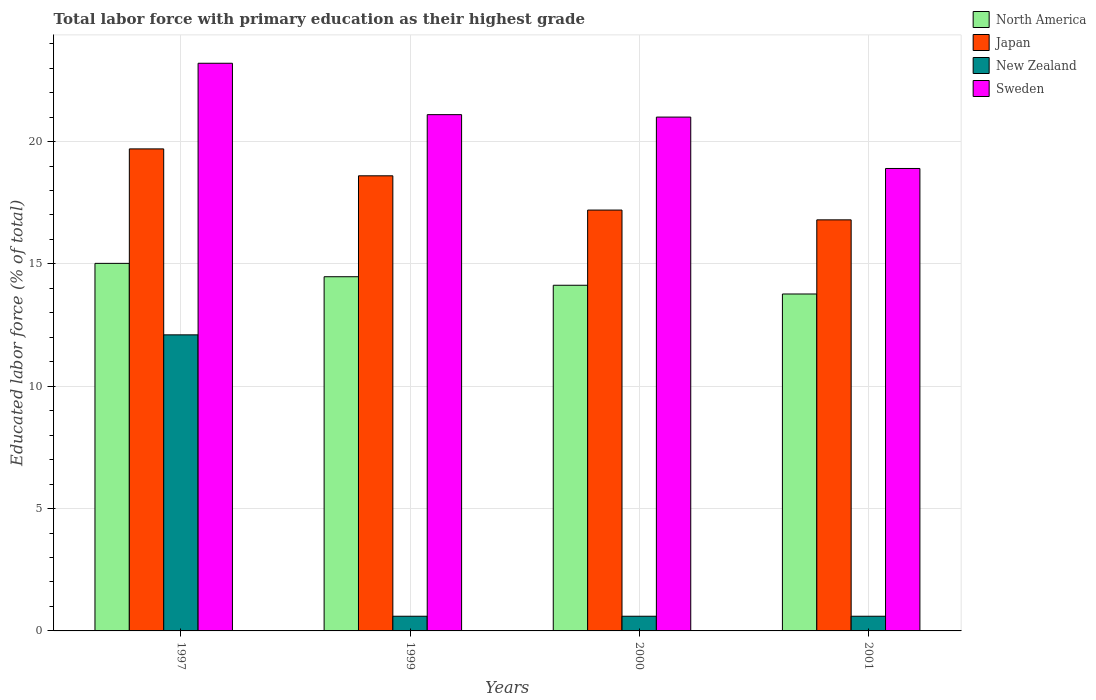
| Years | North America | Japan | New Zealand | Sweden |
 | --- | --- | --- | --- | --- |
 | 1997 | 15 | 19.7 | 12.1 | 23.2 |
 | 1999 | 14.5 | 18.6 | 0.6 | 21.1 |
 | 2000 | 14.1 | 17.2 | 0.6 | 21 |
 | 2001 | 13.8 | 16.8 | 0.6 | 18.9 |